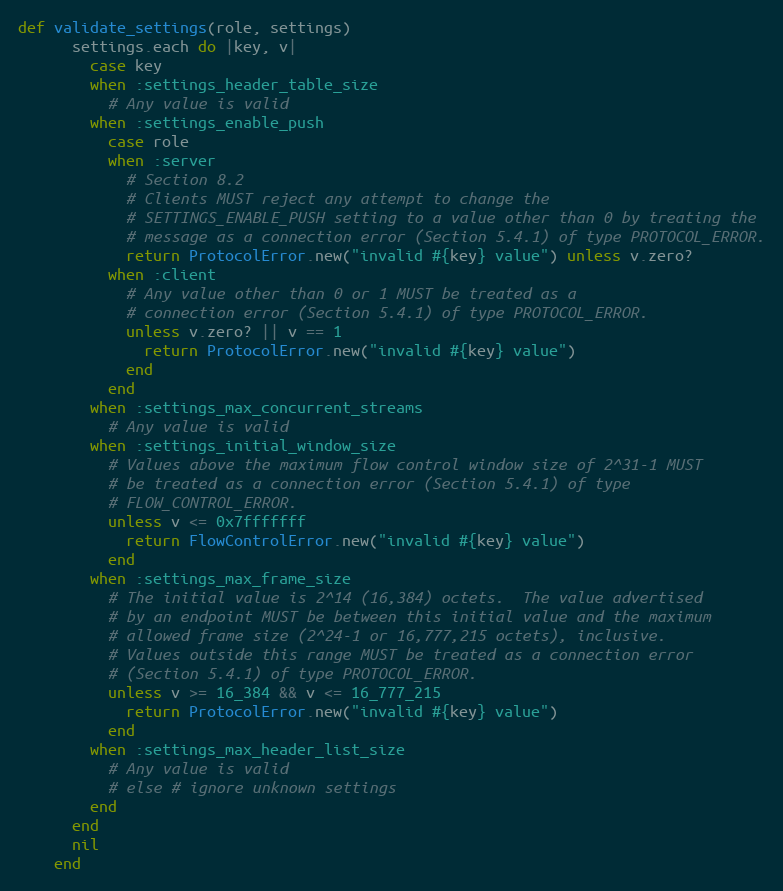
Language: Ruby
def validate_settings(role, settings)
      settings.each do |key, v|
        case key
        when :settings_header_table_size
          # Any value is valid
        when :settings_enable_push
          case role
          when :server
            # Section 8.2
            # Clients MUST reject any attempt to change the
            # SETTINGS_ENABLE_PUSH setting to a value other than 0 by treating the
            # message as a connection error (Section 5.4.1) of type PROTOCOL_ERROR.
            return ProtocolError.new("invalid #{key} value") unless v.zero?
          when :client
            # Any value other than 0 or 1 MUST be treated as a
            # connection error (Section 5.4.1) of type PROTOCOL_ERROR.
            unless v.zero? || v == 1
              return ProtocolError.new("invalid #{key} value")
            end
          end
        when :settings_max_concurrent_streams
          # Any value is valid
        when :settings_initial_window_size
          # Values above the maximum flow control window size of 2^31-1 MUST
          # be treated as a connection error (Section 5.4.1) of type
          # FLOW_CONTROL_ERROR.
          unless v <= 0x7fffffff
            return FlowControlError.new("invalid #{key} value")
          end
        when :settings_max_frame_size
          # The initial value is 2^14 (16,384) octets.  The value advertised
          # by an endpoint MUST be between this initial value and the maximum
          # allowed frame size (2^24-1 or 16,777,215 octets), inclusive.
          # Values outside this range MUST be treated as a connection error
          # (Section 5.4.1) of type PROTOCOL_ERROR.
          unless v >= 16_384 && v <= 16_777_215
            return ProtocolError.new("invalid #{key} value")
          end
        when :settings_max_header_list_size
          # Any value is valid
          # else # ignore unknown settings
        end
      end
      nil
    end